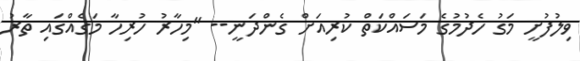
ވިލުފުށީ މަގު ހެދުމުގެ މަސައްކަތް ކުރިއަށް ގެންދަނީ-- "މިހާރު ހުރިހާ މަގެއްގައި ތާރު